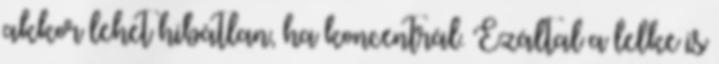
akkor lehet hibátlan, ha koncentrál. Ezáltal a lelke is